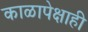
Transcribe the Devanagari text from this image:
काळापेक्षाही